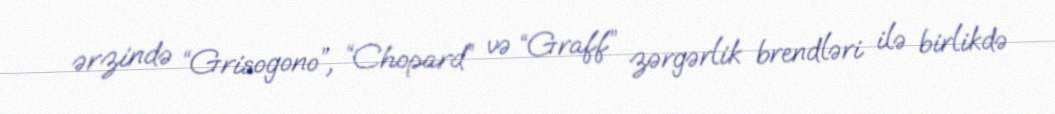
ərzində “Grisogono”, “Chopard” və “Graff” zərgərlik brendləri ilə birlikdə